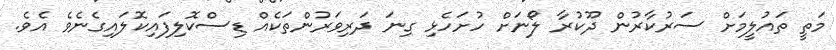
މަތީ ތައުލީމަށް ސަރުކާރުން ދޫކުރާ ލޯނަށް ހުށަހެޅި ގިނަ ދަރިވަރުންތަކެއް ޑިސްކޮލިފައިކޮލައިގެނެވެ އެވެ.